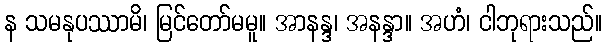
န သမနုပဿာမိ၊ မြင်တော်မမူ။ အာနန္ဒ၊ အနန္ဒာ။ အဟံ၊ ငါဘုရားသည်။